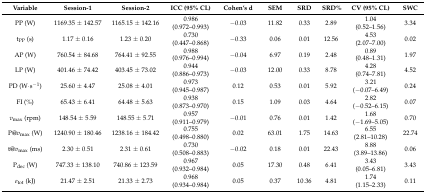
<table><thead><tr><td><b>Variable</b></td><td><b>Session-1</b></td><td><b>Session-2</b></td><td><b>ICC (95% CL)</b></td><td><b>Cohen’s d</b></td><td><b>SEM</b></td><td><b>SRD</b></td><td><b>SRD%</b></td><td><b>CV (95% CL)</b></td><td><b>SWC</b></td></tr></thead><tbody><tr><td>PP (W)</td><td>1169.35 ± 142.57</td><td>1165.15 ± 142.16</td><td>0.986(0.972–0.993)</td><td>−0.03</td><td>11.82</td><td>0.33</td><td>2.89</td><td>1.04(0.52–1.56)</td><td>3.34</td></tr><tr><td>t<sub>PP</sub> (s)</td><td>1.17 ± 0.16</td><td>1.23 ± 0.20</td><td>0.730(0.447–0.868)</td><td>−0.33</td><td>0.06</td><td>0.01</td><td>12.56</td><td>4.53(2.07–7.00)</td><td>0.02</td></tr><tr><td>AP (W)</td><td>760.54 ± 84.68</td><td>764.41 ± 92.55</td><td>0.988(0.976–0.994)</td><td>−0.04</td><td>6.97</td><td>0.19</td><td>2.48</td><td>0.89(0.48–1.31)</td><td>1.97</td></tr><tr><td>LP (W)</td><td>401.46 ± 74.42</td><td>403.45 ± 73.02</td><td>0.944(0.886–0.973)</td><td>−0.03</td><td>12.00</td><td>0.33</td><td>8.78</td><td>4.28(0.74–7.81)</td><td>4.52</td></tr><tr><td>PD (W·s<sup>−1</sup>)</td><td>25.60 ± 4.47</td><td>25.08 ± 4.01</td><td>0.973(0.945–0.987)</td><td>0.12</td><td>0.53</td><td>0.01</td><td>5.92</td><td>3.21(−0.07–6.49)</td><td>0.24</td></tr><tr><td>FI (%)</td><td>65.43 ± 6.41</td><td>64.48 ± 5.63</td><td>0.938(0.873–0.970)</td><td>0.15</td><td>1.09</td><td>0.03</td><td>4.64</td><td>2.82(−0.52–6.15)</td><td>0.07</td></tr><tr><td><i>v</i><sub>max</sub> (rpm)</td><td>148.54 ± 5.59</td><td>148.55 ± 5.71</td><td>0.957(0.911–0.979)</td><td>−0.01</td><td>0.76</td><td>0.01</td><td>1.42</td><td>1.68(−1.69–5.05)</td><td>0.70</td></tr><tr><td>P@<i>v</i><sub>max</sub> (W)</td><td>1240.90 ± 180.46</td><td>1238.16 ± 184.42</td><td>0.755(0.498–0.880)</td><td>0.02</td><td>63.01</td><td>1.75</td><td>14.63</td><td>6.55(2.81–10.28)</td><td>22.74</td></tr><tr><td>t@<i>v</i><sub>max</sub> (ms)</td><td>2.30 ± 0.51</td><td>2.31 ± 0.61</td><td>0.730(0.508–0.883)</td><td>−0.02</td><td>0.18</td><td>0.01</td><td>22.43</td><td>8.88(3.89–13.86)</td><td>0.06</td></tr><tr><td>P<sub>dec</sub> (W)</td><td>747.33 ± 138.10</td><td>740.86 ± 123.59</td><td>0.967(0.932–0.984)</td><td>0.05</td><td>17.30</td><td>0.48</td><td>6.41</td><td>3.43(0.05–6.81)</td><td>3.43</td></tr><tr><td><i>e</i><sub>tot</sub> (kJ)</td><td>21.47 ± 2.51</td><td>21.33 ± 2.73</td><td>0.968(0.934–0.984)</td><td>0.05</td><td>0.37</td><td>10.36</td><td>4.81</td><td>1.74(1.15–2.33)</td><td>0.11</td></tr></tbody></table>